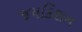
જયકિશન